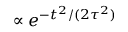
\propto e ^ { - t ^ { 2 } / ( 2 \tau ^ { 2 } ) }